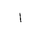
Letter: _alif